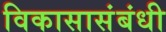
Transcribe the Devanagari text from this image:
विकासासंबंधी